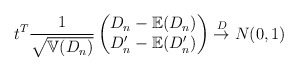
\begin{align*}t^{T} \frac{1}{\sqrt{\mathbb{V}(D_n)}} \begin{pmatrix}D_n-\mathbb{E}(D_n)\\D'_n-\mathbb{E}(D'_n)\\\end{pmatrix}\stackrel{D}{\rightarrow} N(0,1) \end{align*}